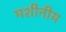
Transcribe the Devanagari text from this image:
मशीनीय